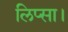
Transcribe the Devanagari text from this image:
लिप्सा।